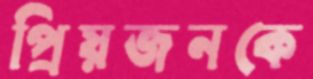
প্রিয়জনকে